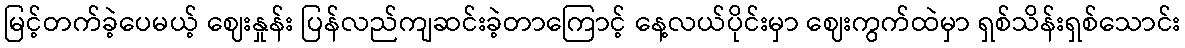
မြင့်တက်ခဲ့ပေမယ့် ဈေးနှုန်း ပြန်လည်ကျဆင်းခဲ့တာကြောင့် နေ့လယ်ပိုင်းမှာ ဈေးကွက်ထဲမှာ ရှစ်သိန်းရှစ်သောင်း